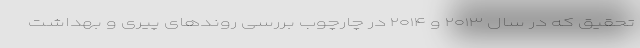
تحقیق که در سال ۲۰۱۳ و ۲۰۱۴ در چارچوب بررسی روندهای پیری و بهداشت